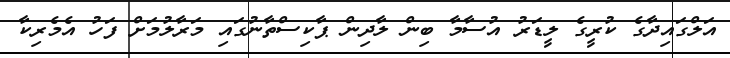
އަލްގައިދާގެ ކުރީގެ ލީޑަރު އުސާމާ ބިން ލާދިން ޕާކިސްތާނުގައި މަރާލުމަށް ފަހު އެމެރިކާ